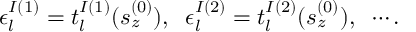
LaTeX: \epsilon _ { l } ^ { I ( 1 ) } = t _ { l } ^ { I ( 1 ) } ( s _ { z } ^ { ( 0 ) } ) , \; \; \epsilon _ { l } ^ { I ( 2 ) } = t _ { l } ^ { I ( 2 ) } ( s _ { z } ^ { ( 0 ) } ) , \; \; \cdots .